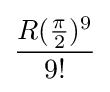
{\frac {R({\frac {\pi }{2}})^{9}}{9!}}